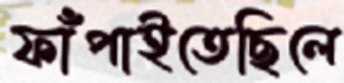
ফাঁপাইতেছিলে